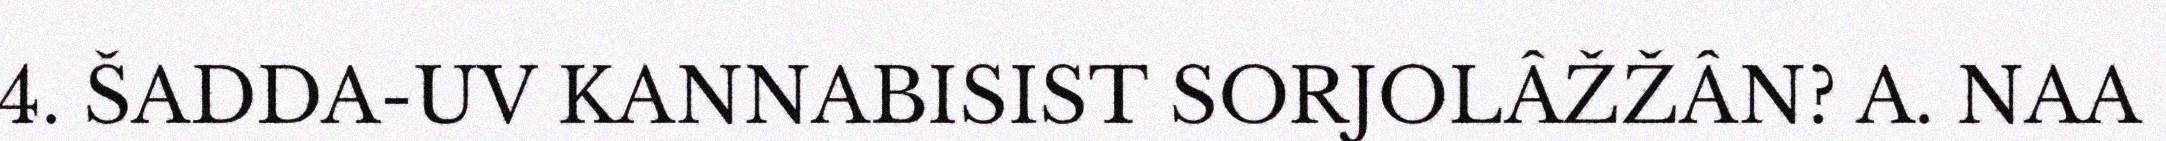
4. ŠADDA-UV KANNABISIST SORJOLÂŽŽÂN? A. NAA